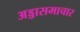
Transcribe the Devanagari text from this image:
अड्डासमाचार